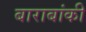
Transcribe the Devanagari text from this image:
बाराबांकी